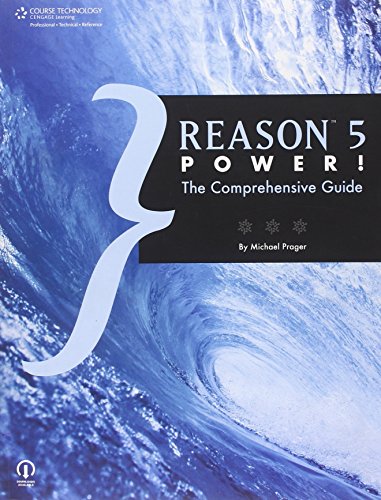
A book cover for Reason 5 Power!: The Comprehensive Guide; Michael Prager; Computers & Technology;